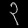
Digit: ၃